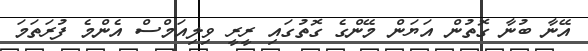
އޭނާ ބުނާ ގޮތުން އަޔަން މޭންގެ ގޮތުގައި ރީރީ ވިލިއަމްސް އެންމެ ފުރަތަމަ